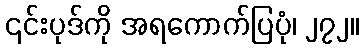
၎င်းပုဒ်ကို အရကောက်ပြပုံ၊ ၂၇၂။